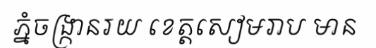
ភ្នំចង្ក្រានរយ ខេត្តសៀមរាប មាន